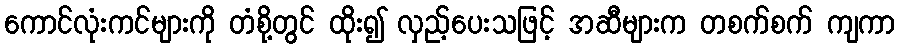
ကောင်လုံးကင်များကို တံစို့တွင် ထိုး၍ လှည့်ပေးသဖြင့် အဆီများက တစက်စက် ကျကာ